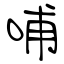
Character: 哺